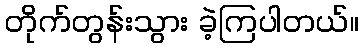
တိုက်တွန်းသွား ခဲ့ကြပါတယ်။